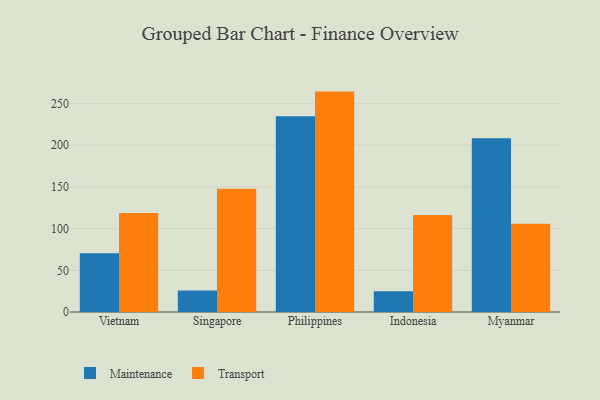
{"axis": {"x": "Country", "y": "Backlog"}, "legend": ["Maintenance", "Transport"], "data": [{"x": "Vietnam", "y": 70.4, "type": "Maintenance"}, {"x": "Vietnam", "y": 118.7, "type": "Transport"}, {"x": "Singapore", "y": 25.9, "type": "Maintenance"}, {"x": "Singapore", "y": 147.9, "type": "Transport"}, {"x": "Philippines", "y": 234.7, "type": "Maintenance"}, {"x": "Philippines", "y": 264.4, "type": "Transport"}, {"x": "Indonesia", "y": 24.8, "type": "Maintenance"}, {"x": "Indonesia", "y": 116.5, "type": "Transport"}, {"x": "Myanmar", "y": 208.5, "type": "Maintenance"}, {"x": "Myanmar", "y": 106.0, "type": "Transport"}]}